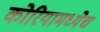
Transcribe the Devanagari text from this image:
कोरियामध्येच